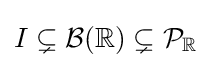
I\subsetneq {\mathcal {B}}({\mathbb {R} })\subsetneq {\mathcal {P}}_{\mathbb {R} }